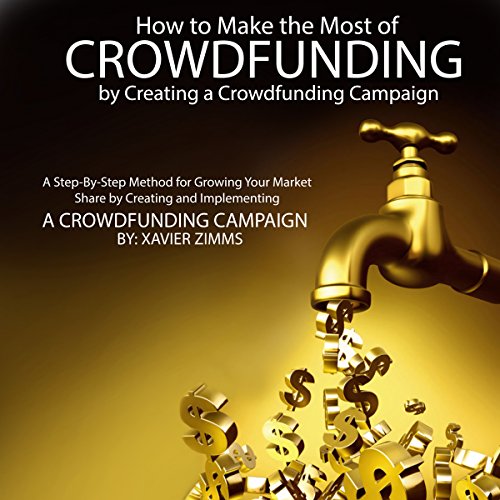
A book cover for How to Make the Most of Crowdsourcing by Creating a Crowdfunding Campaign: A Step-by-Step Method for Growing Your Market Share by Creating and Implementing a Crowdfunding Campaign; Xavier Zimms; Business & Money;